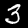
Label: 3